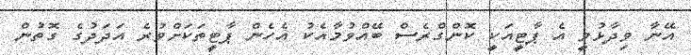
އޭނާ ވިދާޅުވީ އެ ޕާޓީއަކީ ކޮންގްރެސް ބޭއްވުމާއެކު އެހެން ޕާޓީތަކަށްވުރެ އަދަދުގެ ގޮތުން